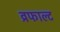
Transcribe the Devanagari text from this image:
व्रफाल्ट